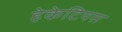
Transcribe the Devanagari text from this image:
हेकेटियस